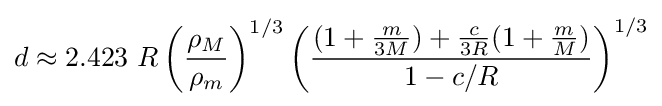
d\approx 2.423\ R\left({\frac {\rho _{M}}{\rho _{m}}}\right)^{1/3}\left({\frac {(1+{\frac {m}{3M}})+{\frac {c}{3R}}(1+{\frac {m}{M}})}{1-c/R}}\right)^{1/3}